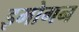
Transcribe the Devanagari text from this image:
इमोगन